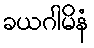
ခယဂါမိနံ